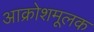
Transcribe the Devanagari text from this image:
आक्रोशमूलक